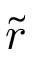
\tilde { r }